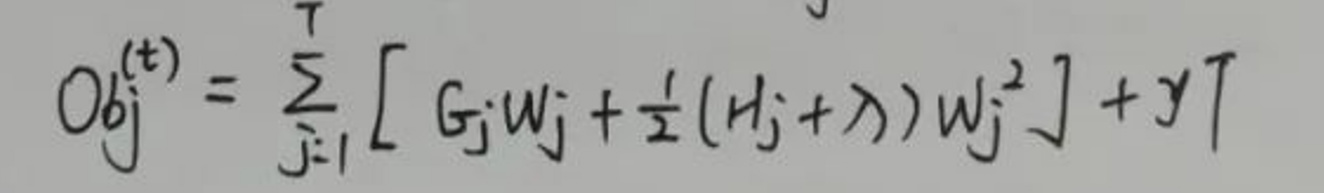
\[
Obj^{(t)} = \sum_{j = 1}^{T} \left[ G_j w_j + \frac{1}{2} (H_j + \lambda) w_j^2 \right] + \gamma T
\]